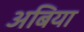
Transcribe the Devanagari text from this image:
अबिया